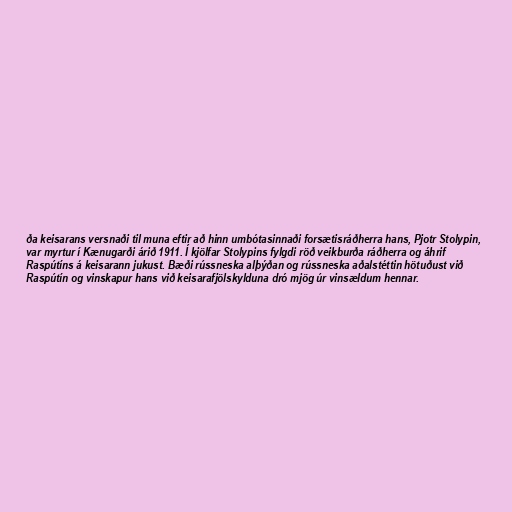
ða keisarans versnaði til muna eftir að hinn umbótasinnaði forsætisráðherra hans, Pjotr Stolypin,
var myrtur í Kænugarði árið 1911. Í kjölfar Stolypins fylgdi röð veikburða ráðherra og áhrif
Raspútíns á keisarann jukust. Bæði rússneska alþýðan og rússneska aðalstéttin hötuðust við
Raspútín og vinskapur hans við keisarafjölskylduna dró mjög úr vinsældum hennar.